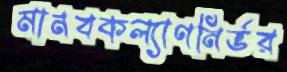
মানবকল্যাণনির্ভর